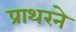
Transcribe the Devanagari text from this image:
प्राथरने